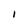
Character: I